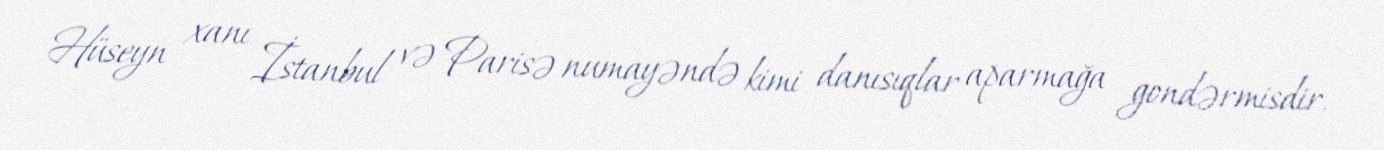
Hüseyn xanı İstanbul və Parisə numayəndə kimi danısıqlar aparmağa gondərmisdir.